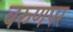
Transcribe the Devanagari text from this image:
वरुणपर